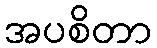
အပစိတာ